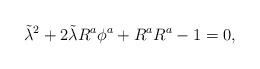
LaTeX: \begin{align*}\tilde{\lambda}^{2} + 2 \tilde{\lambda} R^{a} \phi^{a} + R^{a} R^{a} - 1 = 0 , \end{align*}